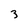
Character: 3